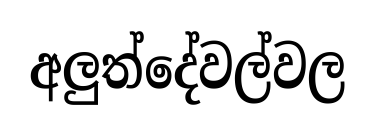
අලුත්දේවල්වල